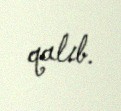
qalıb.